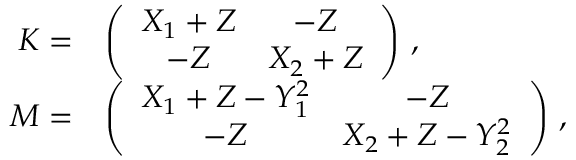
\begin{array} { r l } { \boldsymbol { K } = } & { \left( \begin{array} { c c } { X _ { 1 } + Z } & { - Z } \\ { - Z } & { X _ { 2 } + Z } \end{array} \right) \, , } \\ { \boldsymbol { M } = } & { \left( \begin{array} { c c } { X _ { 1 } + Z - Y _ { 1 } ^ { 2 } } & { - Z } \\ { - Z } & { X _ { 2 } + Z - Y _ { 2 } ^ { 2 } } \end{array} \right) \, , } \end{array}